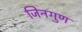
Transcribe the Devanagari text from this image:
जिनगुण